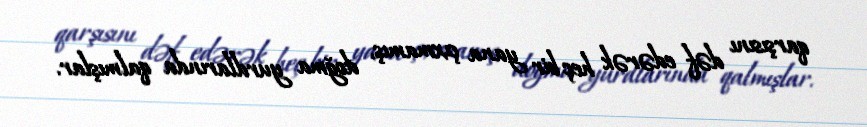
qarşısını dəf edərək heç bir yana çıxmamış, doğma yurdlarında qalmışlar.